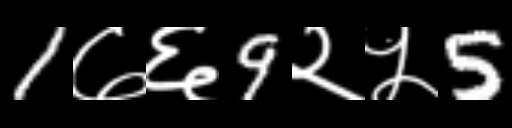
Text: 1७६9२५5